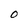
Character: 0